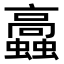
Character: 𧕔